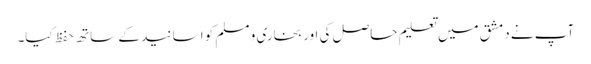
آپ نے دمشق میں تعلیم حاصل کی اور بخاری و مسلم کو اسانید کے ساتھ حفظ کیا۔